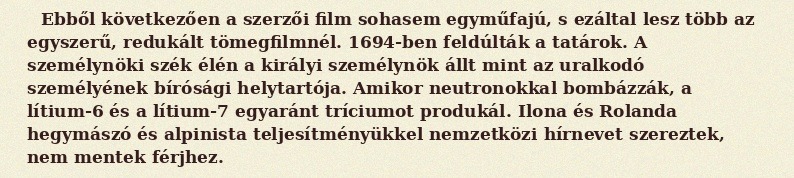
Ebből következően a szerzői film sohasem egyműfajú, s ezáltal lesz több az egyszerű, redukált tömegfilmnél. 1694-ben feldúlták a tatárok. A személynöki szék élén a királyi személynök állt mint az uralkodó személyének bírósági helytartója. Amikor neutronokkal bombázzák, a lítium-6 és a lítium-7 egyaránt tríciumot produkál. Ilona és Rolanda hegymászó és alpinista teljesítményükkel nemzetközi hírnevet szereztek, nem mentek férjhez.